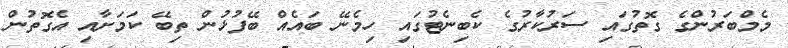
މެމްބަރުންގެ ގޮތުގައި ސަރުކާރުގެ ކެބިނެޓުގައި ހިމެނޭ ބައެއް ބޭފުޅުން ތިބޭ ކަމަށާއި އެގޮތުން